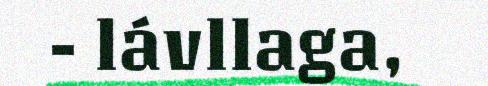
- lávllaga,